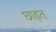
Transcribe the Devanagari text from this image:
छाड़त